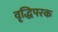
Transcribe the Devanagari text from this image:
वृद्धिपरक